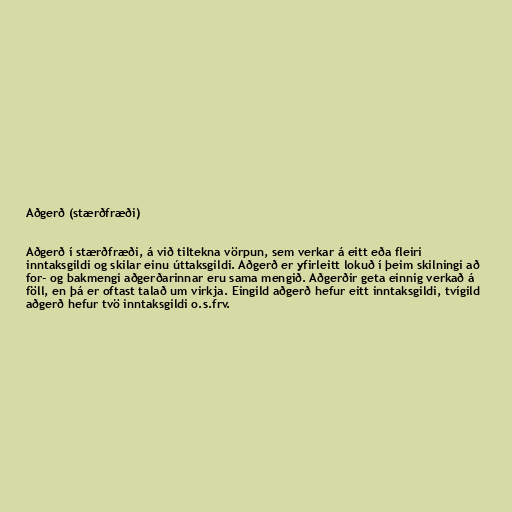
Aðgerð (stærðfræði)

Aðgerð í stærðfræði, á við tiltekna vörpun, sem verkar á eitt eða fleiri
inntaksgildi og skilar einu úttaksgildi. Aðgerð er yfirleitt lokuð í þeim skilningi að
for- og bakmengi aðgerðarinnar eru sama mengið. Aðgerðir geta einnig verkað á
föll, en þá er oftast talað um virkja. Eingild aðgerð hefur eitt inntaksgildi, tvígild
aðgerð hefur tvö inntaksgildi o.s.frv.